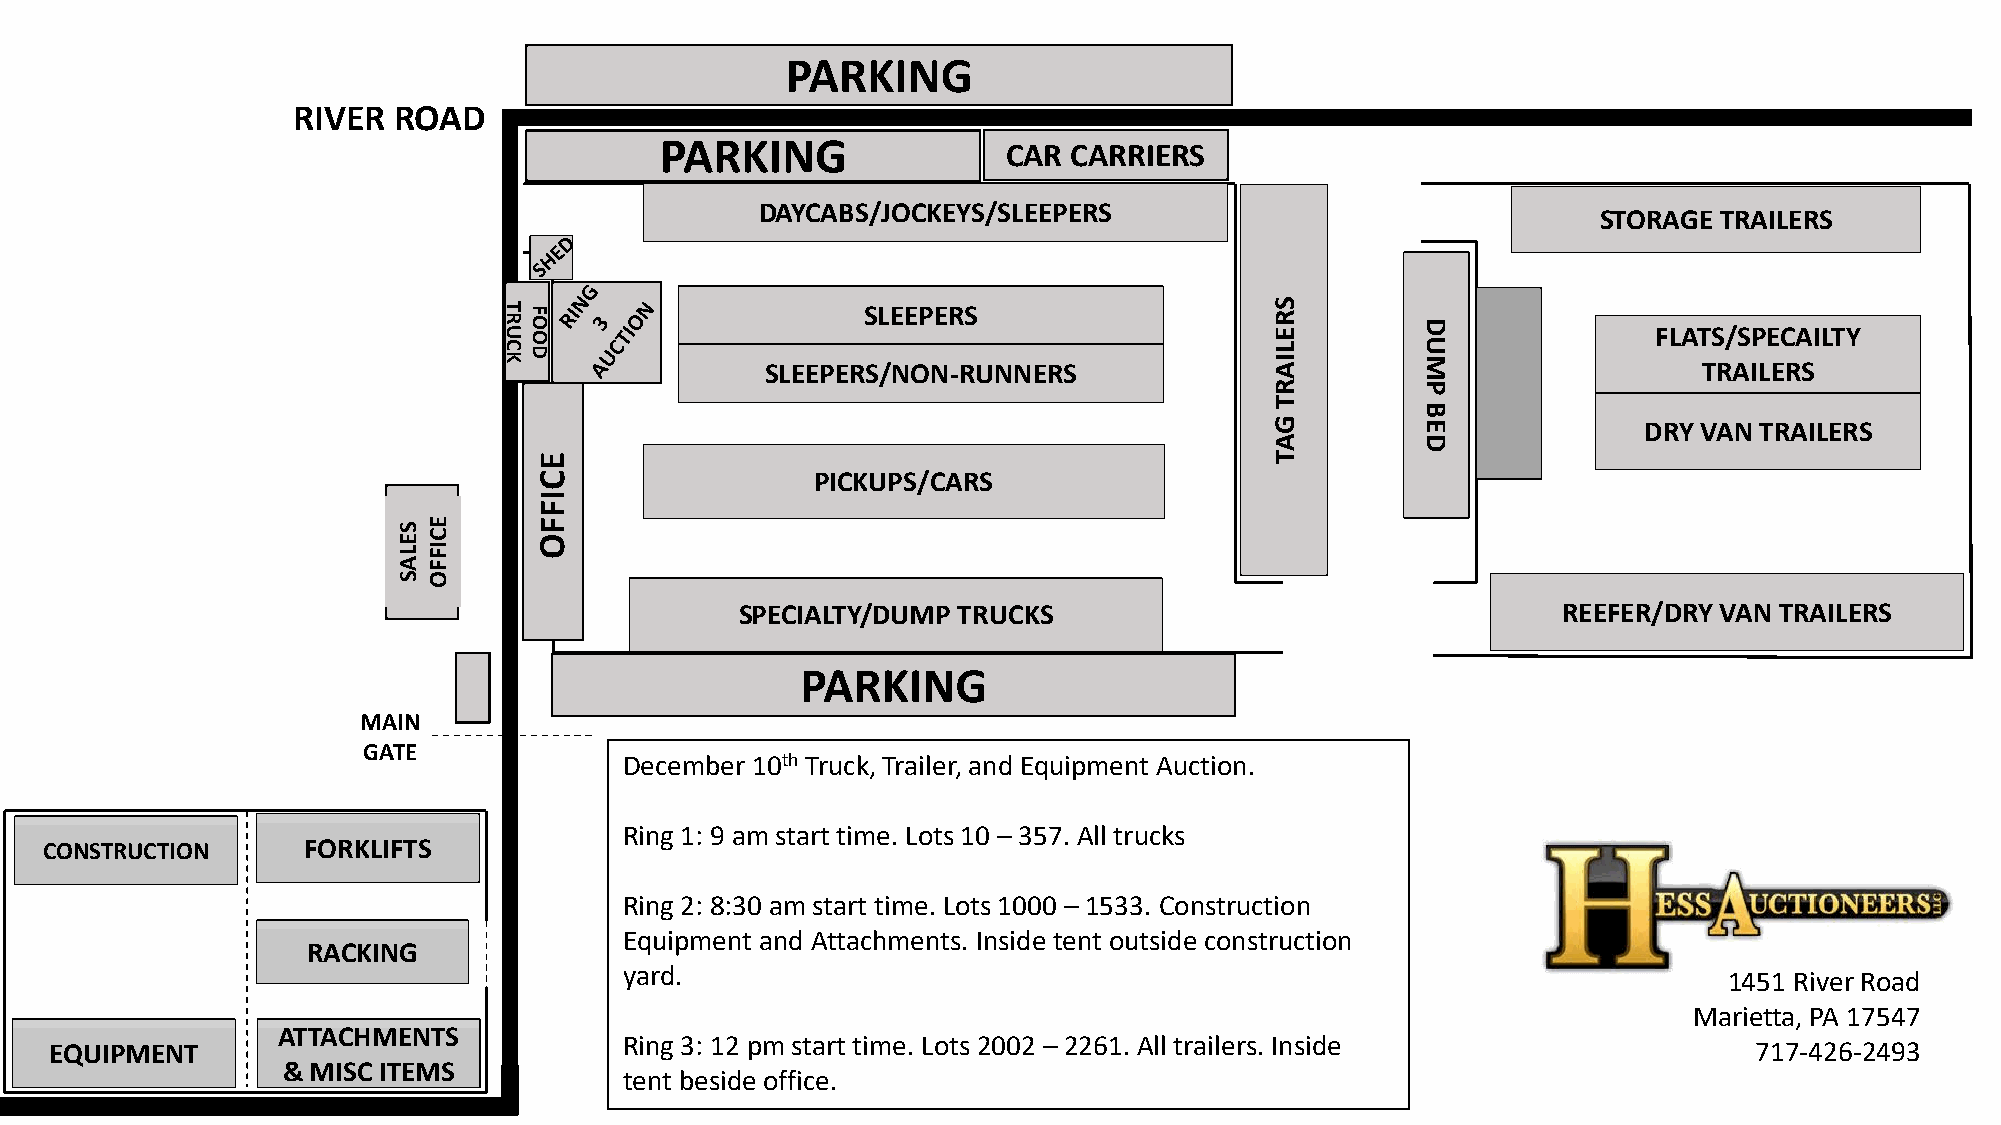
PARKING
 RIVER  ROAD
 PARKING                CAR CARRIERS
 DAYCABS/JOCKEYS/SLEEPERS
 STORAGE TRAILERS
 RT OF                   SLEEPERS                   RS
 D
 KCU DO
 SLEEPERS/NON-RUNNERS
 E L
 I
 A
 MU              FLAT TS R/ AS IP LE EC RA SILTY
 R         P
 T
 B
 G         E              DRY VAN TRAILERS
 A         D
 E                                                T
 C                  PICKUPS/CARS
 I
 F
 SE       F
 EC
 O
 LI
 F
 AF
 SO
 SPECIALTY/DUMP TRUCKS                                 REEFER/DRY VAN TRAILERS
 PARKING
 MAIN
 GATE
 December 10th Truck, Trailer, and Equipment Auction.
 Ring 1: 9 am start time. Lots 10 – 357. All trucks
 CONSTRUCTION     FORKLIFTS
 Ring 2: 8:30 am start time. Lots 1000 – 1533. Construction
 Equipment and Attachments. Inside tent outside construction
 RACKING
 yard.                                                                    1451 River Road
 Marietta, PA 17547
 ATTACHMENTS
 EQUIPMENT                             Ring 3: 12 pm start time. Lots 2002 – 2261. All trailers. Inside           717-426-2493
 & MISC ITEMS
 tent beside office.